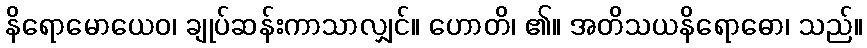
နိရောမောယေဝ၊ ချုပ်ဆန်းကာသာလျှင်။ ဟောတိ၊ ၏။ အတိသယနိရောဓော၊ သည်။